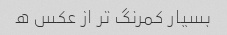
بسیار کمرنگ تر از عکس ه